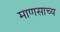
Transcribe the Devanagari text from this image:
माणसाच्य